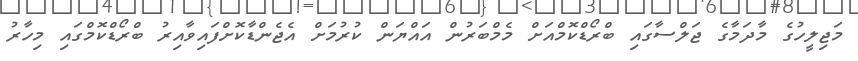
މަޖިލީހުގެ މާދަމާގެ ޖަލްސާގައި ބްރޯޑްކޮމްއަށް މެމްބަރުން އައްޔަން ކުރުމަށް އެޖެންޑާކޮށްފައިވާއިރު ބްރޯޑްކޮމްގައި މިހާރު